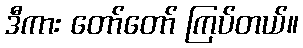
ဒီကား တော်တော် ကြပ်တယ်။